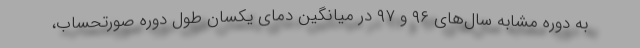
به دوره مشابه سال‌های ۹۶ و ۹۷ در میانگین دمای یکسان طول دوره صورتحساب،